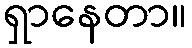
ရှာနေတာ။